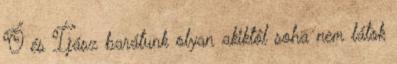
Ő és Íjász barátunk olyan akiktől soha nem látok